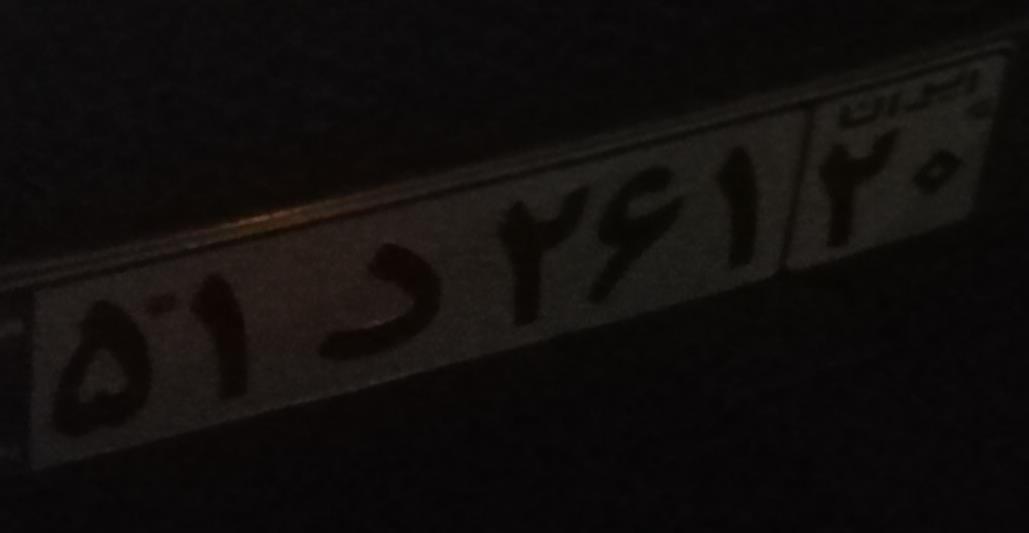
۵۱د۲۶۱۲۰